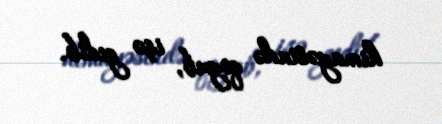
himayəsində qoyub, işə gedib.